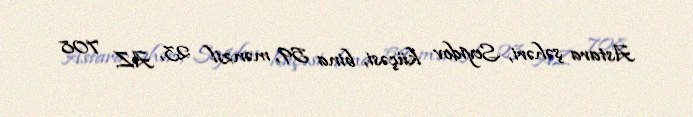
Astara şəhəri, Seyidov küçəsi, bina 59, mənzil 23, AZ 708